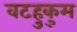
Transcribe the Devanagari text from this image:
वटहुकुम